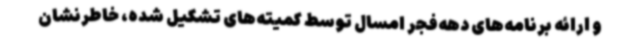
و ارائه برنامه‌های دهه‌فجر امسال توسط کمیته‌های تشکیل شده، خاطرنشان